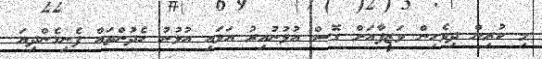
މި ކުރިން ދިވެހިން ވަޒީފާއަށް ގޮސް އުޅުނުއިރު އަޅައި އުޅުނު ހެދުންތައް ފެނިގެންދިޔަ